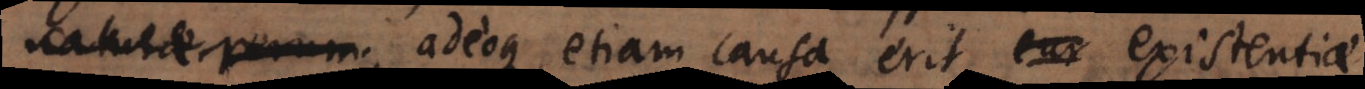
, adeoque etiam causa erit cur existentiae